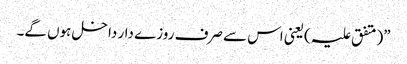
”(متفق علیہ)یعنی اس سے صرف روزے دار داخل ہوں گے۔